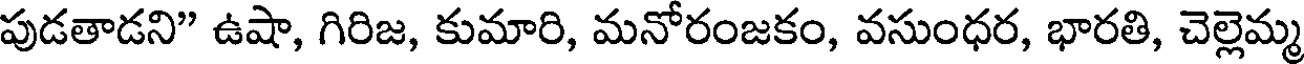
పుడతాడని" ఉషా, గిరిజ, కుమారి, మనోరంజకం, వసుంధర, భారతి, చెల్లెమ్మ